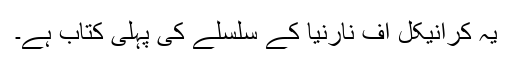
یہ کرانیکل آف نارنیا کے سلسلے کی پہلی کتاب ہے۔